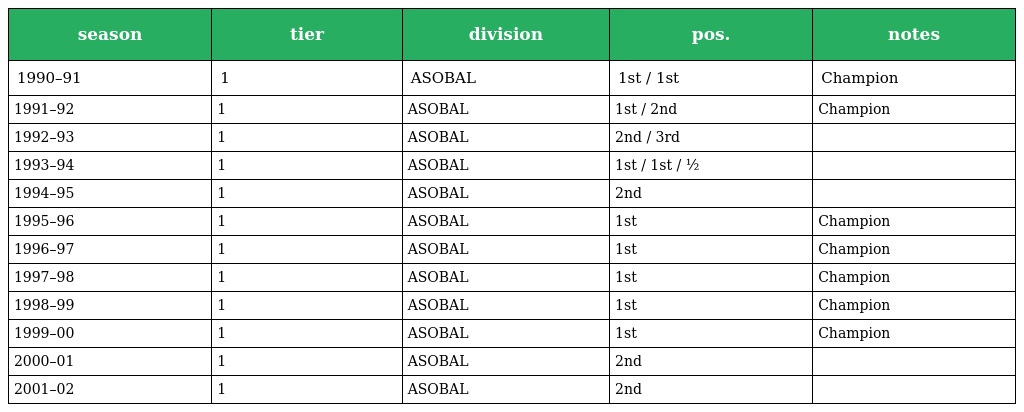
| season | tier | division | pos. | notes |
 | --- | --- | --- | --- | --- |
 | 1990–91 | 1 | ASOBAL | 1st / 1st | Champion |
 | 1991–92 | 1 | ASOBAL | 1st / 2nd | Champion |
 | 1992–93 | 1 | ASOBAL | 2nd / 3rd |  |
 | 1993–94 | 1 | ASOBAL | 1st / 1st / ½ |  |
 | 1994–95 | 1 | ASOBAL | 2nd |  |
 | 1995–96 | 1 | ASOBAL | 1st | Champion |
 | 1996–97 | 1 | ASOBAL | 1st | Champion |
 | 1997–98 | 1 | ASOBAL | 1st | Champion |
 | 1998–99 | 1 | ASOBAL | 1st | Champion |
 | 1999–00 | 1 | ASOBAL | 1st | Champion |
 | 2000–01 | 1 | ASOBAL | 2nd |  |
 | 2001–02 | 1 | ASOBAL | 2nd |  |